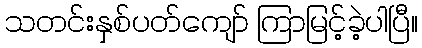
သတင်းနှစ်ပတ်ကျော် ကြာမြင့်ခဲ့ပါပြီ။